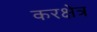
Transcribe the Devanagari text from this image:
करक्षेत्र